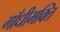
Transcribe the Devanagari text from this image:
गाँधीभक्ति